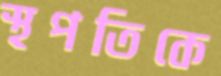
স্থপতিকে